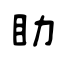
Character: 眑